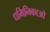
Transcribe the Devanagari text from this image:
धमिनिकाओ